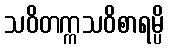
သဝိတက္ကသဝိစာရမ္ပိ